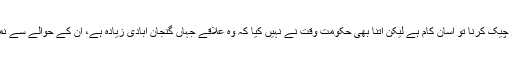
حسن اسکوائر کی آبادی کو چیک کرنا تو آسان کام ہے لیکن اتنا بھی حکومت وقت نے نہیں کیا کہ وہ علاقے جہاں گنجان آبادی زیادہ ہے، ان کے حوالے سے نمونہ بندی کو چیک کر لیں۔